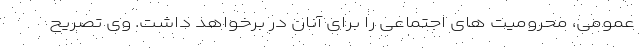
عمومی، محرومیت های اجتماعی را برای آنان در برخواهد داشت. وی تصریح